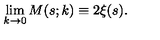
\lim _ { k \rightarrow 0 } M ( s ; k ) \equiv 2 \xi ( s ) .